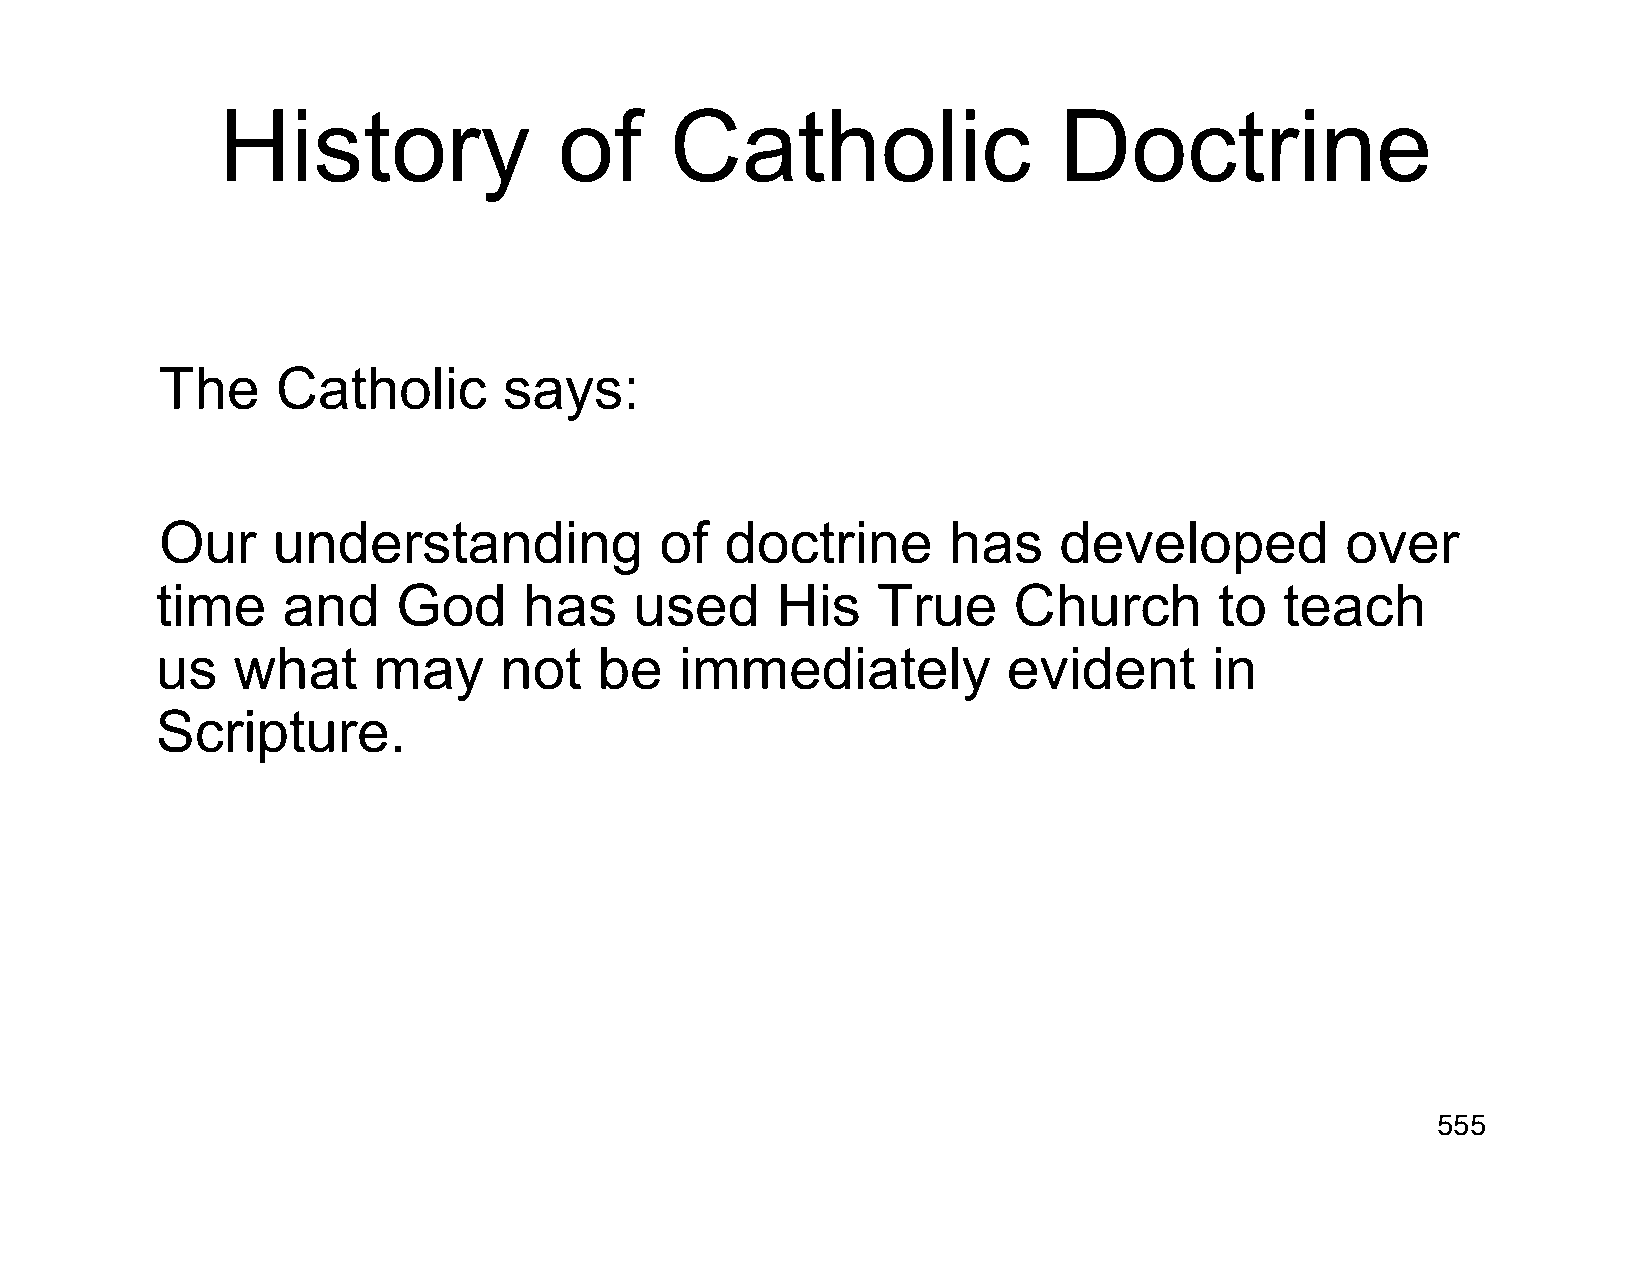
History                of     Catholic                  Doctrine
 The    Catholic       says:
 Our    understanding             of  doctrine       has    developed          over
 time     and    God      has    used     His    True     Church        to  teach
 us   what      may     not    be   immediately           evident      in
 Scripture.
 555